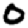
Digit: 0